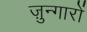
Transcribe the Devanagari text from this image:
ज़ुन्गारों